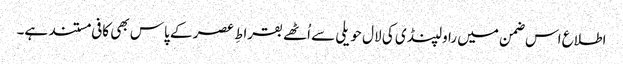
اطلاع اس ضمن میں راولپنڈی کی لال حویلی سے اُٹھے بقراطِ عصر کے پاس بھی کافی مستند ہے۔